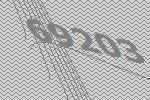
69203